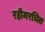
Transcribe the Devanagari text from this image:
रहीमरचित